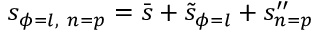
s _ { \phi = l , \ n = p } = \bar { s } + \tilde { s } _ { \phi = l } + s _ { n = p } ^ { \prime \prime }